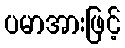
ပမာအားဖြင့်